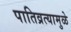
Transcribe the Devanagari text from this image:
पातिव्रत्यामुळे